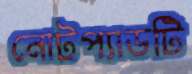
নোটপ্যাডটি